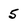
Character: 5